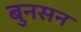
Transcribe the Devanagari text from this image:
बुनसन